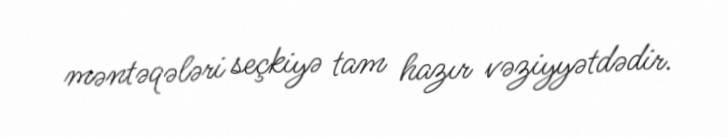
məntəqələri seçkiyə tam hazır vəziyyətdədir.